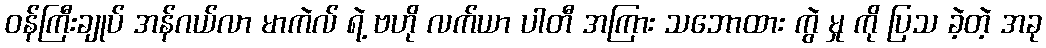
ဝန်ကြီးချုပ် အန်ဂယ်လာ မာကဲလ် ရဲ့ ဗဟို လက်ယာ ပါတီ အကြား သဘောထား ကွဲ မှု ကို ပြသ ခဲ့တဲ့ အခု